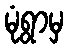
မုံရွာမှ